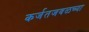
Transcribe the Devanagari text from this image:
कर्जतजवळच्या